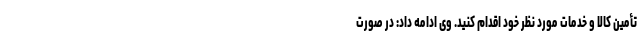
تأمین کالا و خدمات مورد نظر خود اقدام کنید. وی ادامه داد: در صورت